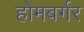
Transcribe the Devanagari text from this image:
होमबर्गर